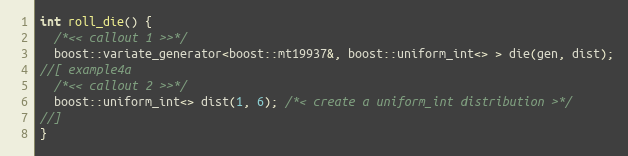
Language: C++
int roll_die() {
  /*<< callout 1 >>*/
  boost::variate_generator<boost::mt19937&, boost::uniform_int<> > die(gen, dist);
//[ example4a
  /*<< callout 2 >>*/
  boost::uniform_int<> dist(1, 6); /*< create a uniform_int distribution >*/
//]
}